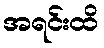
အရင်းထိ